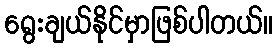
ရွေးချယ်နိုင်မှာဖြစ်ပါတယ်။